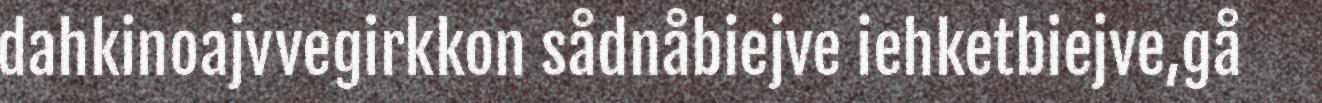
dahkinoajvvegirkkon sådnåbiejve iehketbiejve,gå